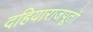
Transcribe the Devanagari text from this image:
दहियाराजपूतों